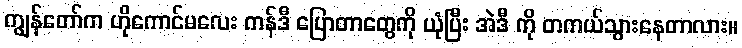
ကျွန်တော်က ဟိုကောင်မလေး ကန်ဒီ ပြောတာတွေကို ယုံပြီး အဲဒီ ကို တကယ်သွားနေတာလား။